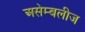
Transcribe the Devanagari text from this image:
असेम्बलीज